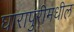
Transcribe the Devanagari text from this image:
घारापुरीमधील